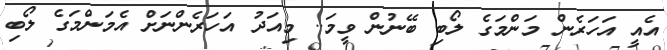
އެއީ އަހަރެން މަންމަގެ ލޯބި ބޭނުން ވީމަ.. މިއަދު އަހަރެންނަށް އެމަންމަގެ ލޯބި